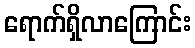
ရောက်ရှိလာကြောင်း